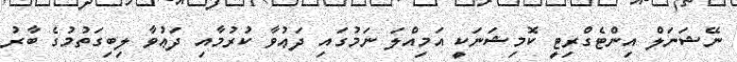
ނޭޝަނަލް އިންޓެގްރިޓީ ކޮމިޝަނަކީ އަމިއްލަ ނަމުގައި ދަޢުވާ ކުރުމާއި ދަޢުވާ ލިބިގަތުމުގެ ބާރު